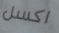
اكسل